Karu_vallavalitsus_Parnumaal, lk 15
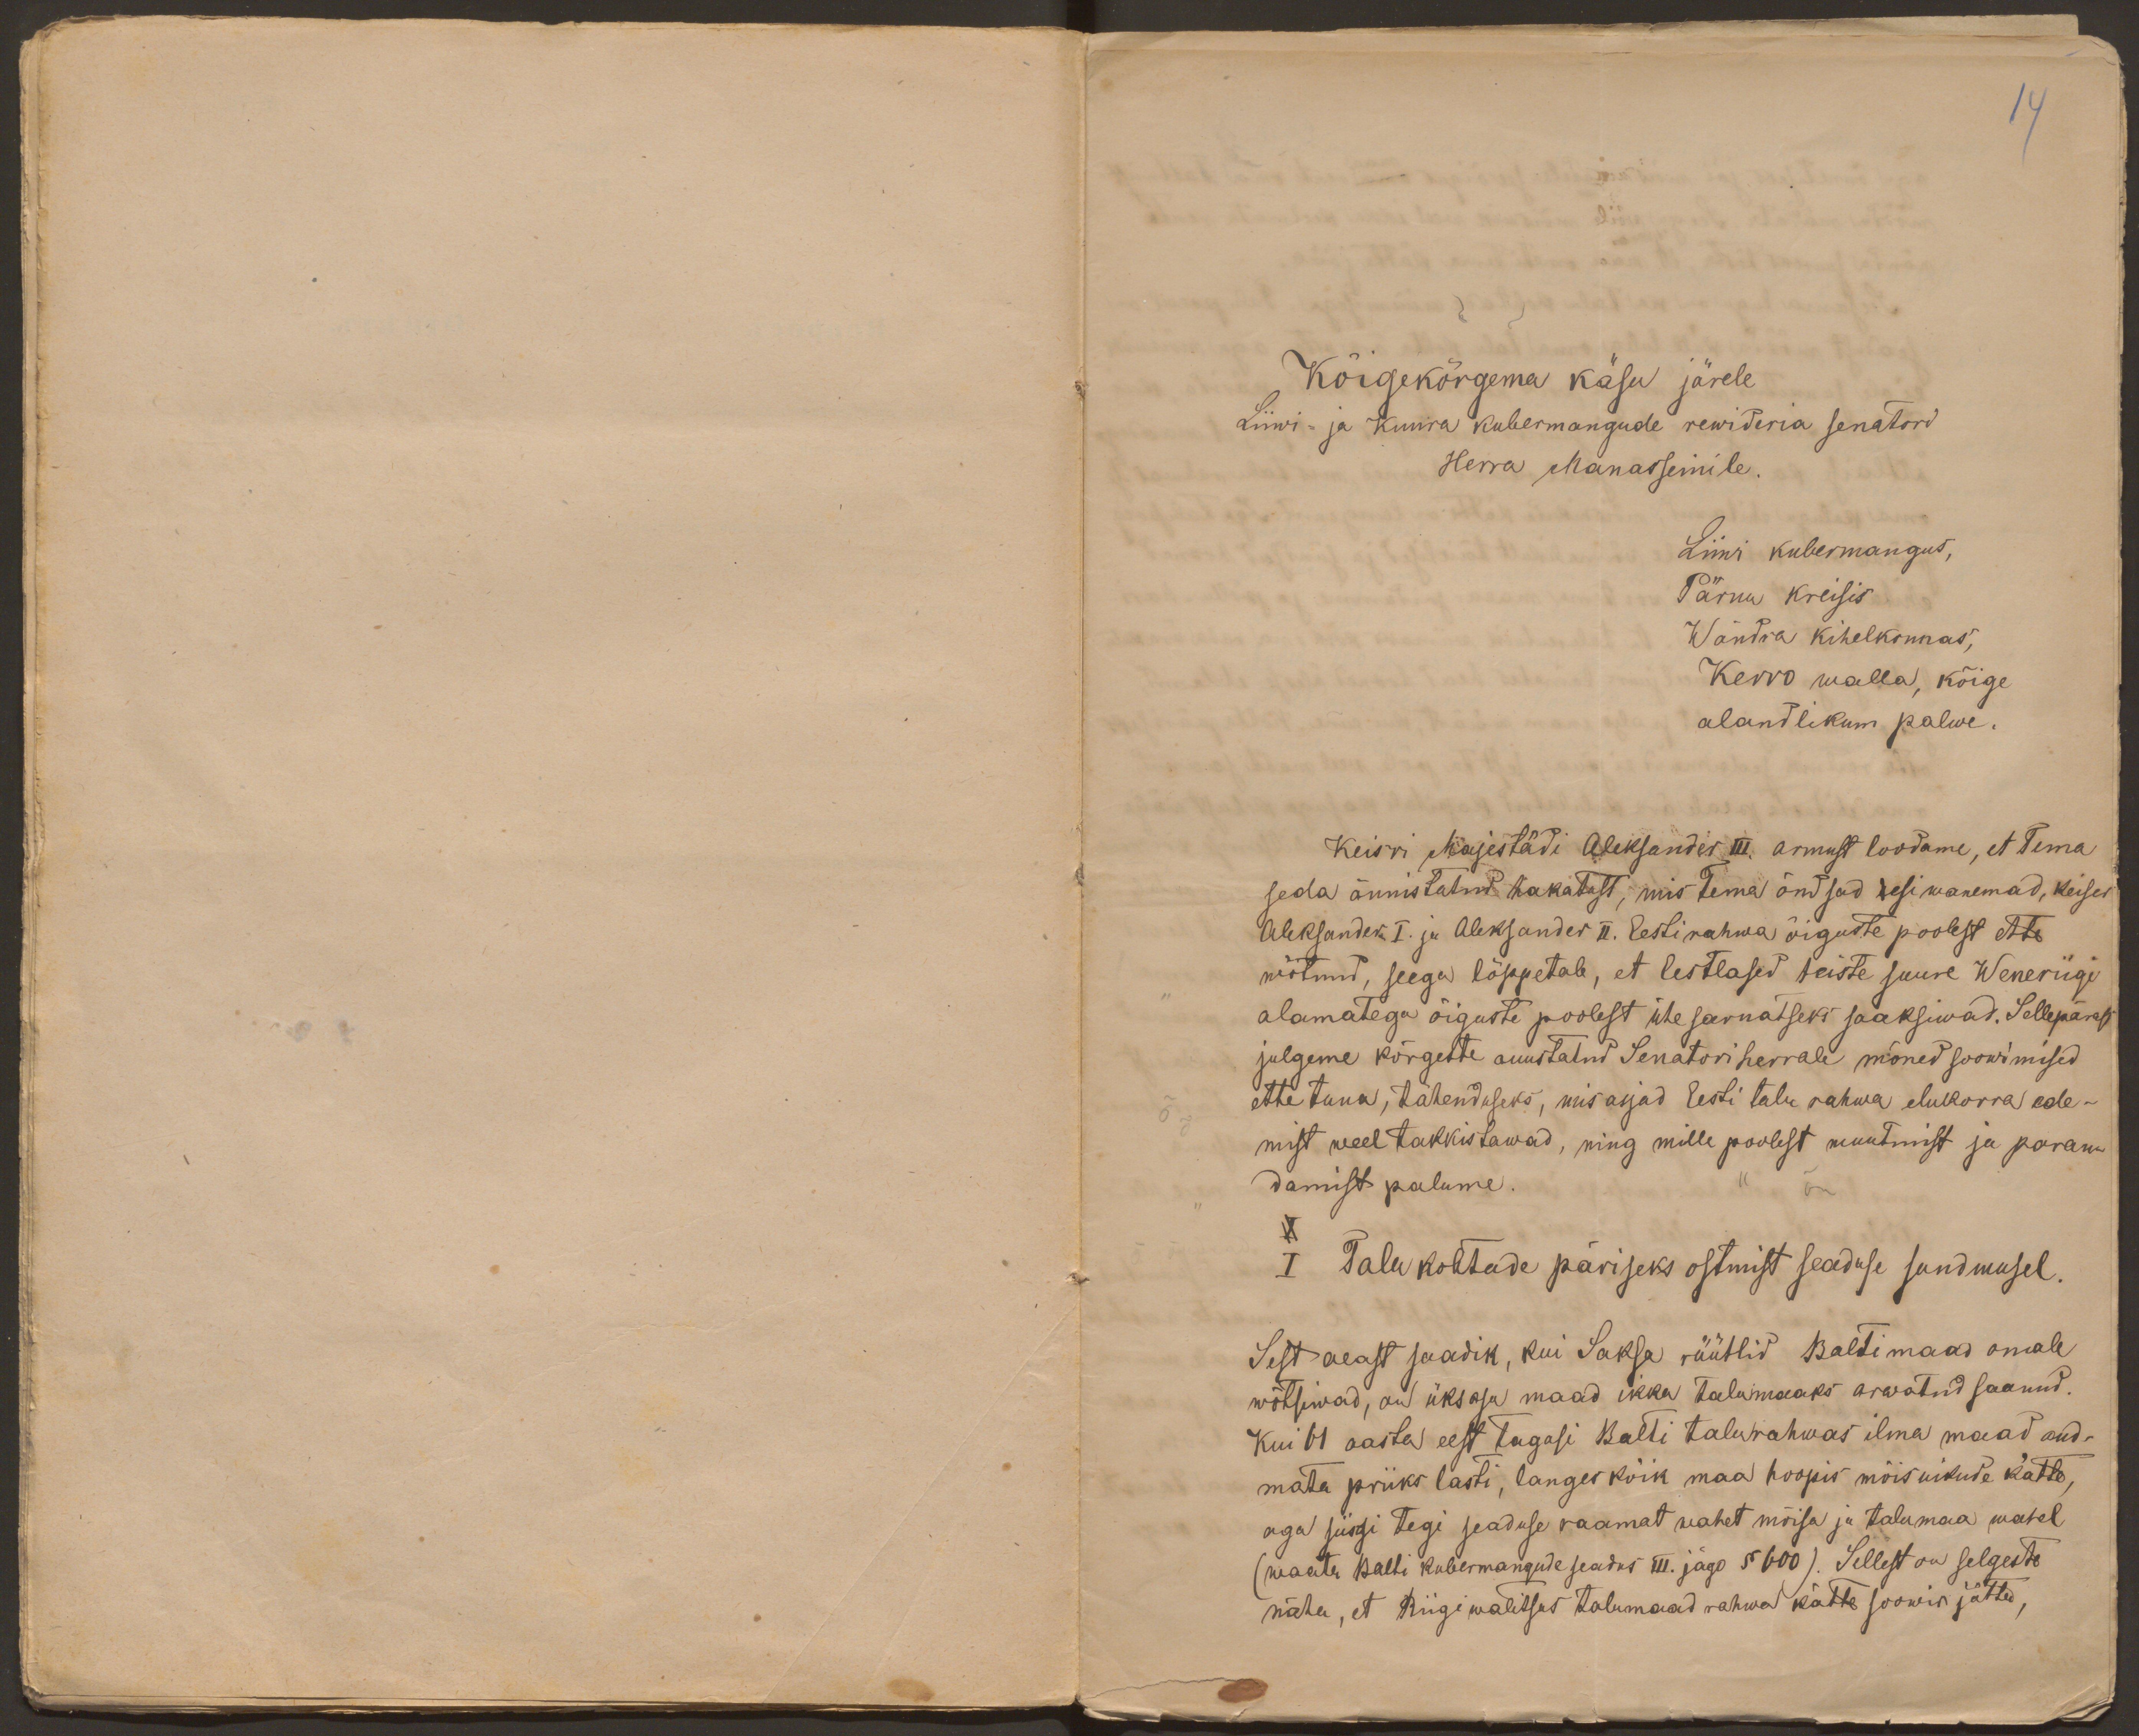
14

Kõigekõrgema käsu järele
Liiwi- ja Kuura Kubermangude rewideria senatord
Herra Manasseinile.
Liiwi kubermangus,
Pärnu kreisis
Wändra kihelkonnas,
Kerro walla, kõige
alandlikum palwe.
Keisri Majestädi Aleksander III. armust loodame, et Tema
seda õnnistatud hakatust, mis Tema õndsad esiwanemad, keiser
Aleksander I. ja Aleksander II. Eesti rahwa õiguste poolest ette
wõtnud, seega lõppetab, et Eestlased teiste suure Weneriigi
alamatega õiguste poolest ühesarnatseks saaksiwad. Sellepärast
julgeme kõrgeste auustatud Senatori herrale mõned soowimised
ette tuua, tähenduseks, mis asjad Eesti talu rahwa elukorra ede-
mist weel takkistawad, ning mille poolest muutmist ja paran-
damist palume.
I Talukohtade päriseks ostmist seaduse sundmusel.
Sest aeast saadik, kui Saksa rüütlid Baltimaad omale
wõtsiwad, on üks osa maad ikka talumaaks arwatud saanud.
Kui 61 aasta eest tagasi Balti talurahwas ilma maad and-
mata priiks lasti, langes kõik maa hoopis mõisnikude kätte.
aga siisgi tegi seaduse raamat wahet mõisa ja talumaa wahel
(waata Balti kubermangude seadus III. jägo § 600). Sellest on selgeste
näha, et Riigi walitsus talumaad rahwa kätte soowis jätta,